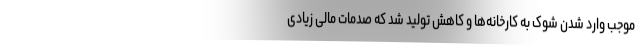
موجب وارد شدن شوک به کارخانه‌ها و کاهش تولید شد که صدمات مالی زیادی